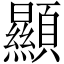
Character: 顯